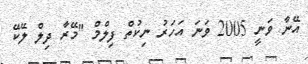
އޭނާ ވަނީ 2005 ވަނަ އަހަރު ނިކުތް ފިލްމް "މޭރާ ދިލް ލޭކޭ